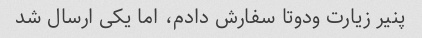
پنیر زیارت ودوتا سفارش دادم‌، اما یکی ارسال شد